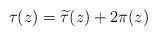
LaTeX: \begin{align*}\tau(z)=\widetilde{\tau}(z)+2\pi(z)\end{align*}